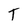
Character: T